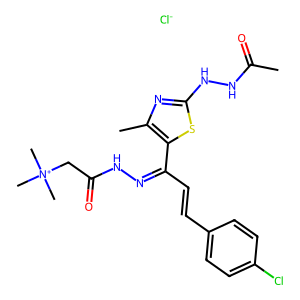
SMILES: CC(=O)NNc1nc(C)c(C(C=Cc2ccc(Cl)cc2)=NNC(=O)C[N+](C)(C)C)s1.[Cl-]
Inhibits HIV replication: No